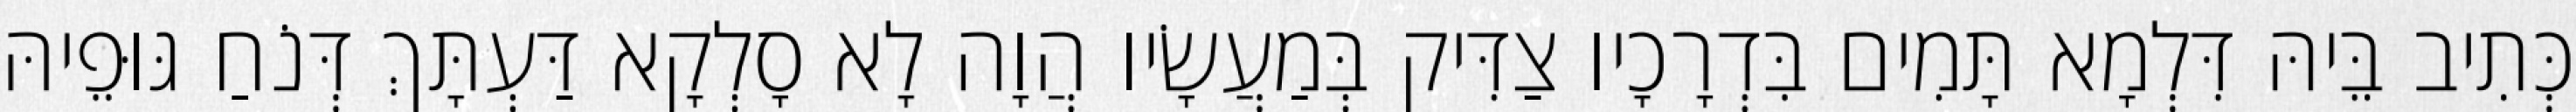
כְּתִיב בֵּיהּ דִּלְמָא תָּמִים בִּדְרָכָיו צַדִּיק בְּמַעֲשָׂיו הֲוָה לָא סָלְקָא דַּעְתָּךְ דְּנֹחַ גּוּפֵיהּ